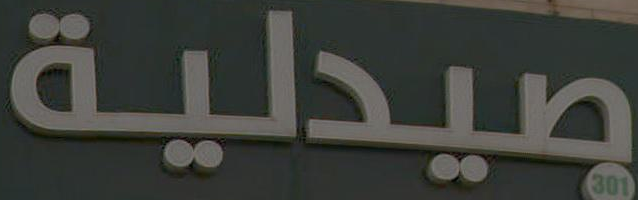
صيدلية